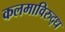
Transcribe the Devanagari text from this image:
कलमाविरुद्ध